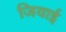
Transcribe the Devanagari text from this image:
जियाई